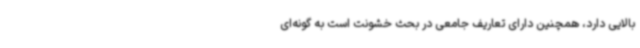
بالایی دارد، همچنین دارای تعاریف جامعی در بحث خشونت است به گونه‌ای